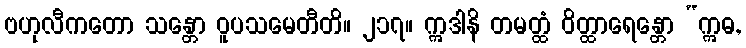
ဗဟုလီကတော သန္တော ဝူပသမေတီတိ။ ၂၁၇။ ဣဒါနိ တမတ္ထံ ဝိတ္ထာရေန္တော “ဣဓ,